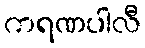
ကရဏပါလီ